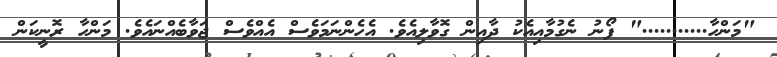
"މަންހާ..........." ފޯނު ނެގުމާއިއެކު ދާއިން ގޮވާލިއެވެ. އެހެންނަމަވެސް އެއްވެސް ޖަވާބެއްނައެވެ. މަންހާ ރޮނީކަން